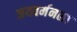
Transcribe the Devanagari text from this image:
जयवर्मनला